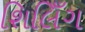
શિલિઁગ